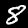
Label: 8